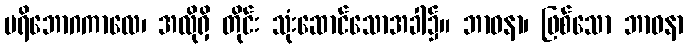
ပရိဘောဂကာလေ၊ အလိုရှိ တိုင်း သုံးဆောင်သောအခါ၌။ ဘာဝနာ၊ ဖြစ်သော ဘာဝနာ